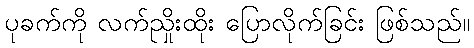
ပုခက်ကို လက်ညှိုးထိုး ပြောလိုက်ခြင်း ဖြစ်သည်။